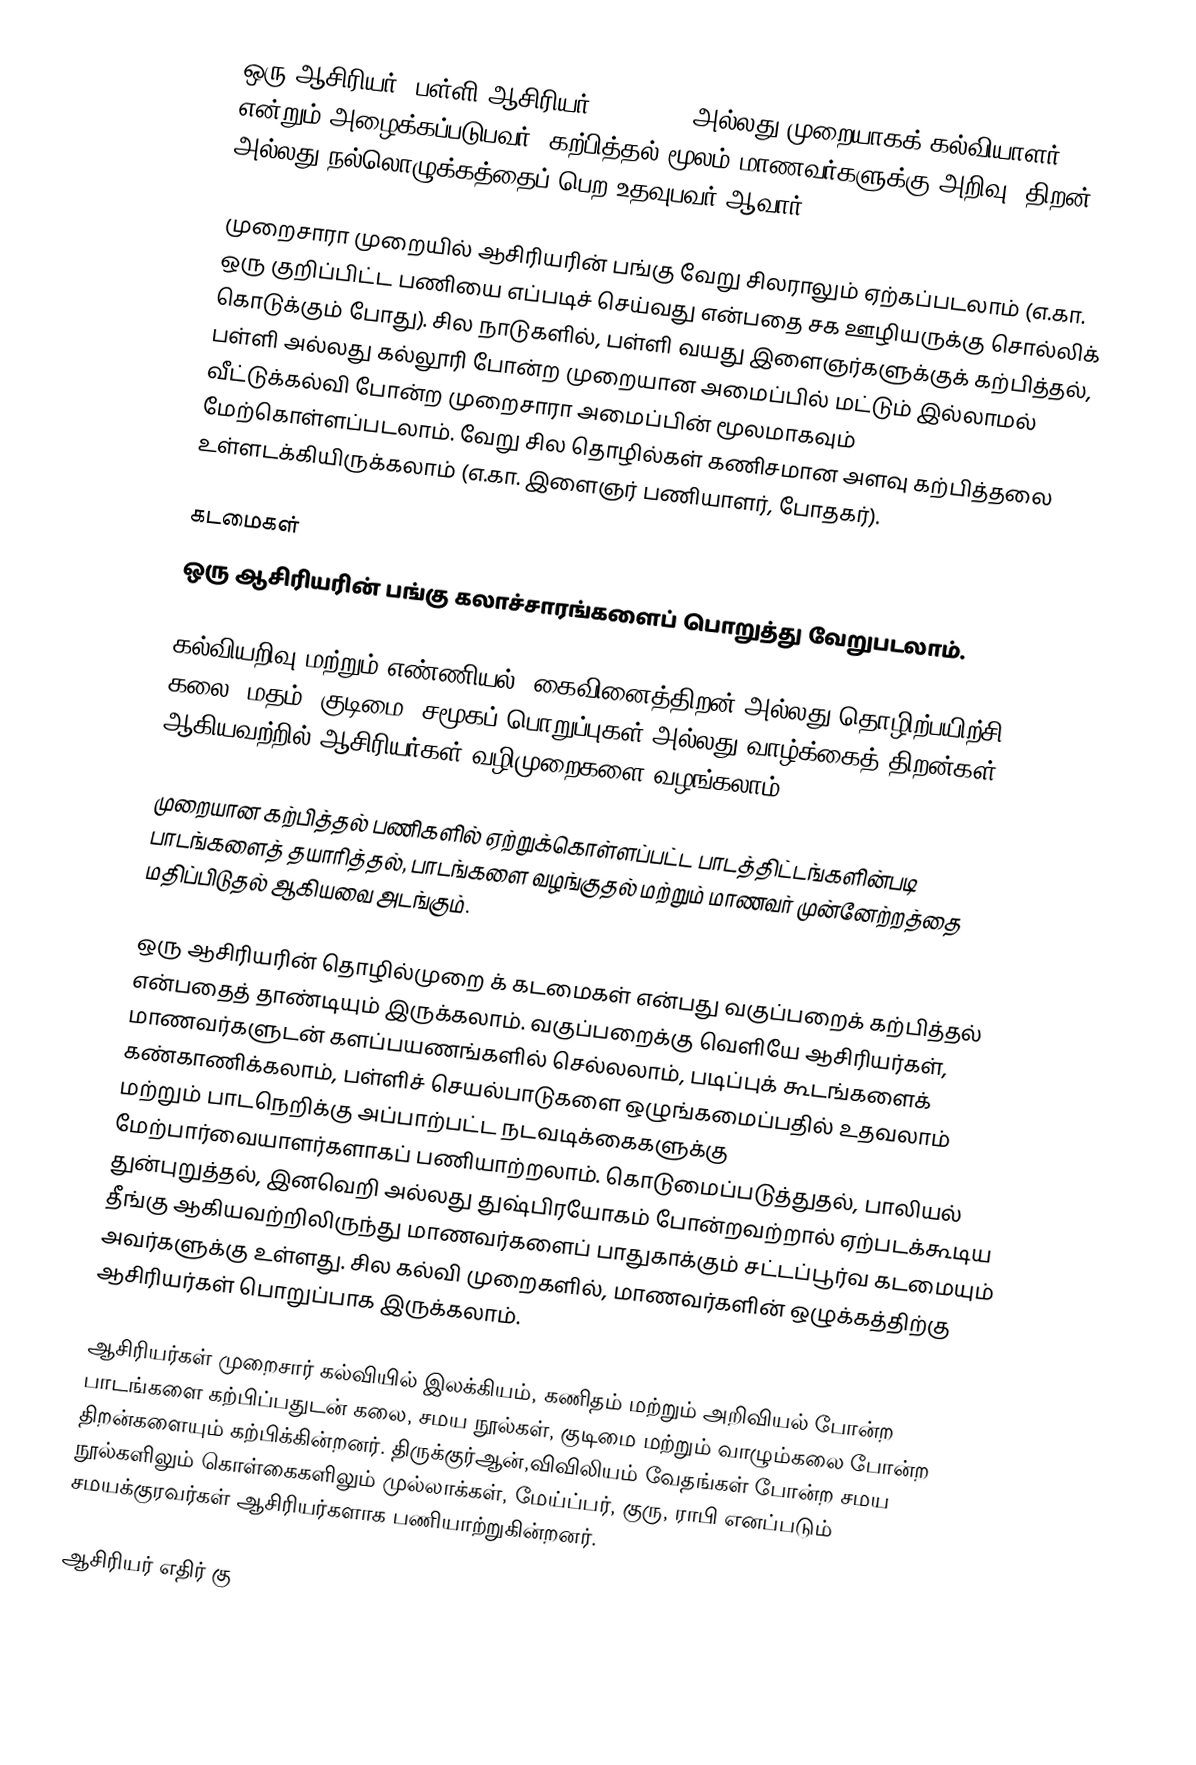
ஒரு ஆசிரியர், பள்ளி ஆசிரியர் (Teacher) அல்லது முறையாகக் கல்வியாளர் என்றும் அழைக்கப்படுபவர், கற்பித்தல் மூலம் மாணவர்களுக்கு அறிவு, திறன் அல்லது நல்லொழுக்கத்தைப் பெற உதவுபவர் ஆவார்.

முறைசாரா முறையில் ஆசிரியரின் பங்கு வேறு சிலராலும் ஏற்கப்படலாம் (எ.கா. ஒரு குறிப்பிட்ட பணியை எப்படிச் செய்வது என்பதை சக ஊழியருக்கு சொல்லிக் கொடுக்கும் போது). சில நாடுகளில், பள்ளி வயது இளைஞர்களுக்குக் கற்பித்தல், பள்ளி அல்லது கல்லூரி போன்ற முறையான அமைப்பில் மட்டும் இல்லாமல்  வீட்டுக்கல்வி போன்ற முறைசாரா அமைப்பின் மூலமாகவும் மேற்கொள்ளப்படலாம். வேறு சில தொழில்கள் கணிசமான அளவு கற்பித்தலை உள்ளடக்கியிருக்கலாம் (எ.கா. இளைஞர் பணியாளர், போதகர்).

கடமைகள்
ஒரு ஆசிரியரின் பங்கு கலாச்சாரங்களைப் பொறுத்து வேறுபடலாம்.

கல்வியறிவு மற்றும் எண்ணியல், கைவினைத்திறன் அல்லது தொழிற்பயிற்சி, கலை, மதம், குடிமை, சமூகப் பொறுப்புகள் அல்லது வாழ்க்கைத் திறன்கள் ஆகியவற்றில் ஆசிரியர்கள் வழிமுறைகளை வழங்கலாம்.

முறையான கற்பித்தல் பணிகளில் ஏற்றுக்கொள்ளப்பட்ட பாடத்திட்டங்களின்படி பாடங்களைத் தயாரித்தல், பாடங்களை வழங்குதல் மற்றும் மாணவர் முன்னேற்றத்தை மதிப்பிடுதல் ஆகியவை அடங்கும்.

ஒரு ஆசிரியரின் தொழில்முறை க் கடமைகள் என்பது வகுப்பறைக் கற்பித்தல் என்பதைத் தாண்டியும் இருக்கலாம். வகுப்பறைக்கு வெளியே ஆசிரியர்கள், மாணவர்களுடன் களப்பயணங்களில் செல்லலாம், படிப்புக் கூடங்களைக் கண்காணிக்கலாம், பள்ளிச் செயல்பாடுகளை ஒழுங்கமைப்பதில் உதவலாம் மற்றும் பாடநெறிக்கு அப்பாற்பட்ட நடவடிக்கைகளுக்கு மேற்பார்வையாளர்களாகப் பணியாற்றலாம். கொடுமைப்படுத்துதல்,  பாலியல் துன்புறுத்தல், இனவெறி அல்லது துஷ்பிரயோகம் போன்றவற்றால் ஏற்படக்கூடிய தீங்கு  ஆகியவற்றிலிருந்து மாணவர்களைப் பாதுகாக்கும் சட்டப்பூர்வ கடமையும் அவர்களுக்கு உள்ளது.  சில கல்வி முறைகளில், மாணவர்களின் ஒழுக்கத்திற்கு ஆசிரியர்கள் பொறுப்பாக இருக்கலாம்.

ஆசிரியர்கள் முறைசார் கல்வியில் இலக்கியம், கணிதம் மற்றும் அறிவியல் போன்ற பாடங்களை கற்பிப்பதுடன் கலை, சமய நூல்கள், குடிமை மற்றும் வாழும்கலை போன்ற திறன்களையும் கற்பிக்கின்றனர். திருக்குர்ஆன்,விவிலியம் வேதங்கள் போன்ற சமய நூல்களிலும் கொள்கைகளிலும் முல்லாக்கள், மேய்ப்பர், குரு, ராபி எனப்படும் சமயக்குரவர்கள் ஆசிரியர்களாக பணியாற்றுகின்றனர்.

ஆசிரியர் எதிர் கு